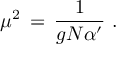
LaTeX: \mu ^ { 2 } \, = \, { \frac { 1 } { g N \alpha ^ { \prime } } } \, \, .